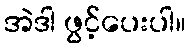
အဲဒါ ဖွင့်ပေးပါ။